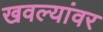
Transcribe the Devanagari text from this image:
खवल्यांवर